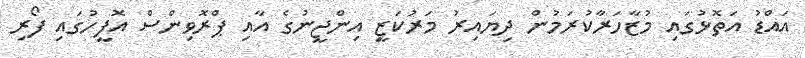
އައްޑު އަތޮޅުގައި މުޒާހަރާކުރަމުން ދިޔައިރު މަރުކަޒީ އިންޖީނުގެ އާއި ޕްރޮވިންސް އޮފީހުގައި ފޯރި